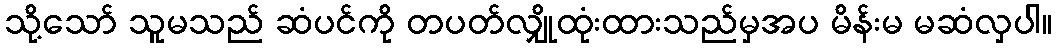
သို့သော် သူမသည် ဆံပင်ကို တပတ်လျှိုထုံးထားသည်မှအပ မိန်းမ မဆံလှပါ။